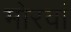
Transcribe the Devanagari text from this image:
मोरवां